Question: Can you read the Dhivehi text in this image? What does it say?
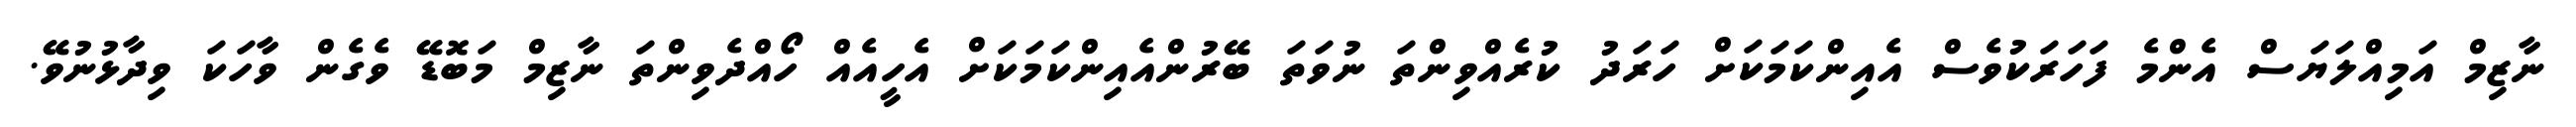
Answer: ނާޒިމް އަމިއްލަޔަސް އެންމެ ފަހަރަކުވެސް އެއިންކަމަކަށް ހަރަދު ކުރެއްވިންތަ ނުވަތަ ބޭރުންއެއިންކަމަކަށް އެހީއެއް ހޯއްދެވިންތަ ނާޒިމް މަބޮޑޭ ވެގެން ވާހަކަ ވިދާޅުނުވޭ.